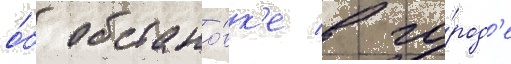
о́б обстано́вк'е в го́род'е